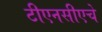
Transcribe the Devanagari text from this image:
टीएनसीएचे